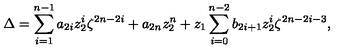
\Delta = \sum _ { i = 1 } ^ { n - 1 } a _ { 2 i } z _ { 2 } ^ { i } \zeta ^ { 2 n - 2 i } + a _ { 2 n } z _ { 2 } ^ { n } + z _ { 1 } \sum _ { i = 0 } ^ { n - 2 } b _ { 2 i + 1 } z _ { 2 } ^ { i } \zeta ^ { 2 n - 2 i - 3 } ,